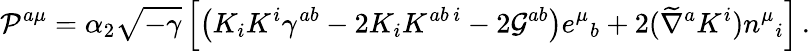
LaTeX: {\cal P}^{a\mu}=\alpha_{2}\sqrt{-\gamma}\left[\left(K_{i}K^{i}\gamma^{ab}-2K_{i}K^{ab\, i}-2{\cal G}^{ab}\right)e^{\mu}{}_{b}+2(\widetilde\nabla^{a}K^{i})n^{\mu}{}_{i}\right]\, .